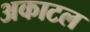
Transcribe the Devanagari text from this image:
अकाटल